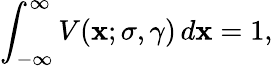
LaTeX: \int_{-\infty}^{\infty}V(\mathbf{x};\sigma,\gamma)\, d\mathbf{x}=1,